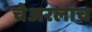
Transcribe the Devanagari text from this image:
चेअरलाच